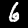
Label: 6